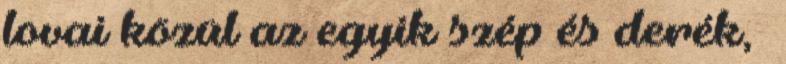
lovai közül az egyik szép és derék,